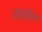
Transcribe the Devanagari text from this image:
ऑक्सिम